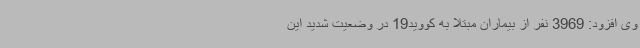
وی افزود: 3969 نفر از بیماران مبتلا به کووید19 در وضعیت شدید این